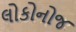
લોકોનોજ